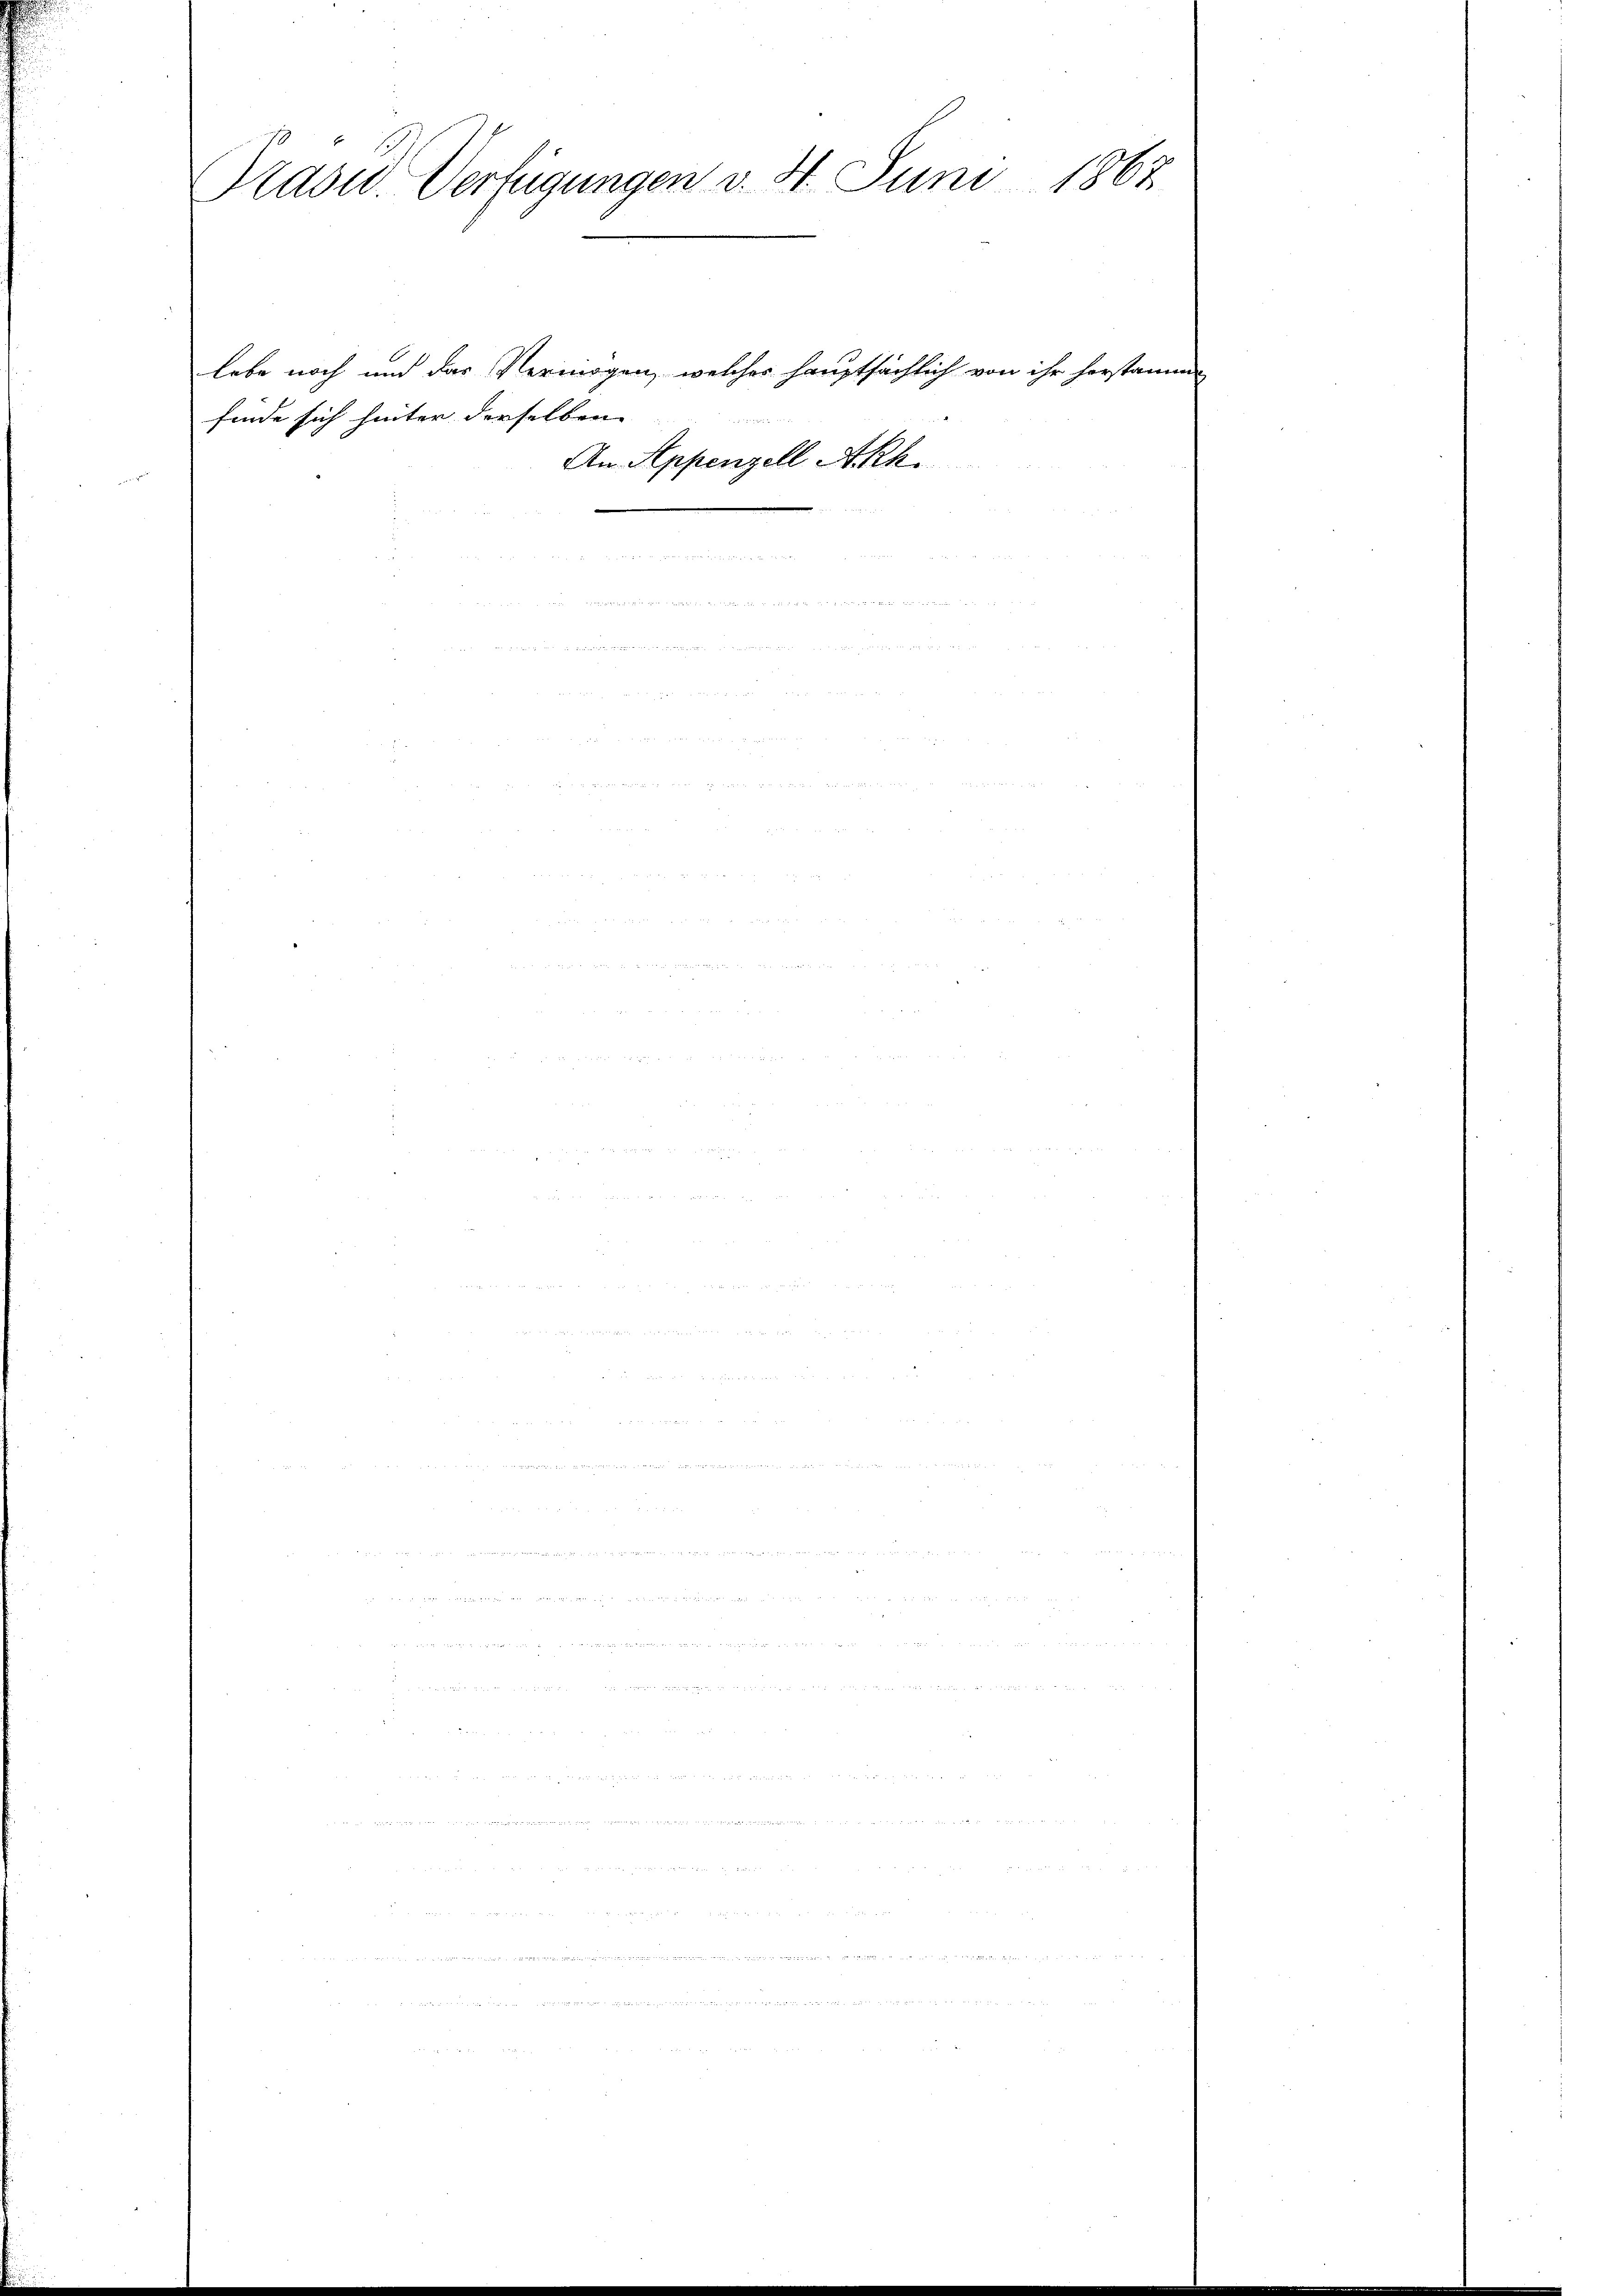
Präsid. Verfügungen v. 4. Juni 1867

finde sich hinter derselben
An Appenzell Akk

lebe noch und das Vermögen, welches hauptsächlich von ihr herstamm